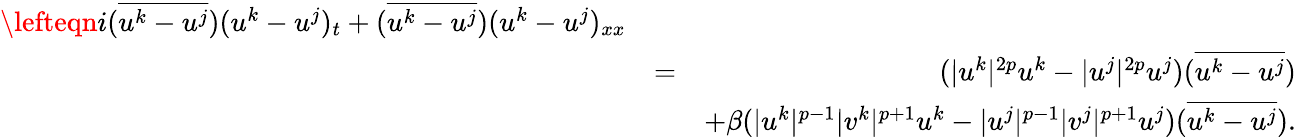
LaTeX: \begin{array}{rlr}{\lefteqn{i(\overline{{u^{k}-u^{j}}})(u^{k}-u^{j})_{t}+(\overline{{u^{k}-u^{j}}})(u^{k}-u^{j})_{xx}}}\\ &{=}&{(|u^{k}|^{2p}u^{k}-|u^{j}|^{2p}u^{j})(\overline{{u^{k}-u^{j}}})}\\ &{}&{+\beta(|u^{k}|^{p-1}|v^{k}|^{p+1}u^{k}-|u^{j}|^{p-1}|v^{j}|^{p+1}u^{j})(\overline{{u^{k}-u^{j}}}).}\end{array}